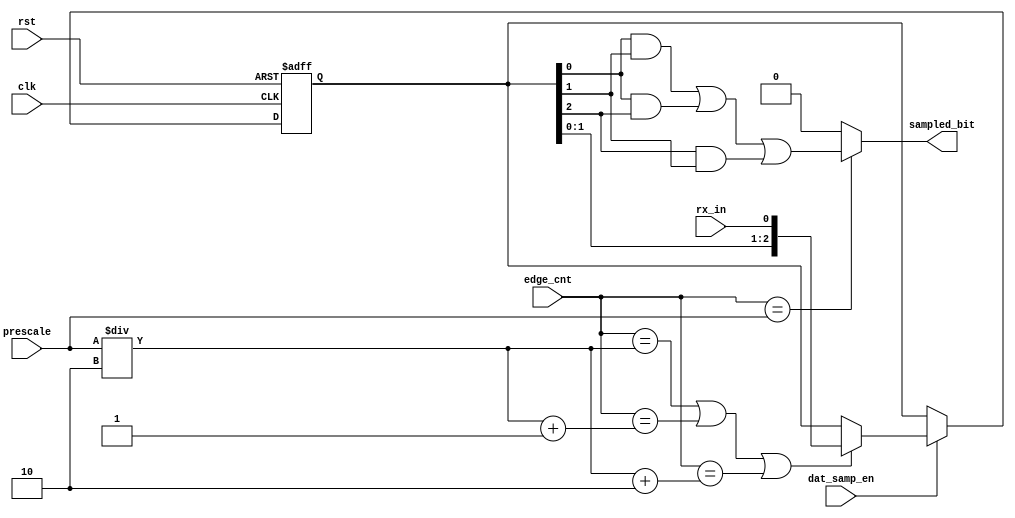
module data_sampling (clk, rst, rx_in, prescale, dat_samp_en, edge_cnt, sampled_bit);

input [4:0] prescale;
input [4:0] edge_cnt;
input clk, rst, dat_samp_en, rx_in;
output reg sampled_bit;

reg [2:0] ff;

always@(posedge clk or negedge rst)
begin
    if(!rst)
    begin
        ff <= 'b0;
        //sampled_bit <= 1'b0;
    end
    else if (dat_samp_en)
    begin
        if ( (edge_cnt == (prescale/2)) || (edge_cnt == ((prescale/2)+1)) || (edge_cnt == ((prescale/2)+2)) )
        ff <= {ff[1:0], rx_in};        
    end
end

always@(*)
begin
    if(edge_cnt == prescale)
    sampled_bit = (ff[0] & ff[1]) | (ff[0] & ff[2]) | (ff[2] & ff[1]);
    else
    sampled_bit = 'b0;
end

endmodule